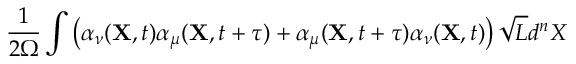
\frac { 1 } { 2 \Omega } \int \left( \alpha _ { \nu } ( { \bf X } , t ) \alpha _ { \mu } ( { \bf X } , t + \tau ) + \alpha _ { \mu } ( { \bf X } , t + \tau ) \alpha _ { \nu } ( { \bf X } , t ) \right) \sqrt { L } d ^ { n } X